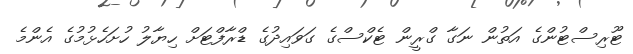
ޓޫރިސްޓުންގެ އަތުން ނަގާ ގްރީން ޓެކްސްގެ ގަވައިދުގެ ޑްރާފްޓަށް ހިޔާލު ހުށަހެޅުމުގެ އެންމެ